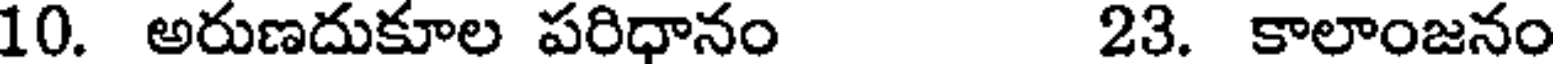
10. అరుణదుకూల పరిధానం 23. కాలాంజనం